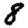
Digit: 8